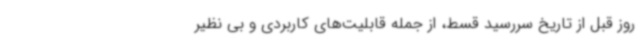
روز قبل از تاریخ سررسید قسط، از جمله قابلیت‌های کاربردی و بی نظیر